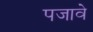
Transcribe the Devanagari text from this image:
पजावे